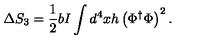
\Delta S _ { 3 } = \frac { 1 } { 2 } b I \int d ^ { 4 } x h \left( \Phi ^ { \dagger } \Phi \right) ^ { 2 } .